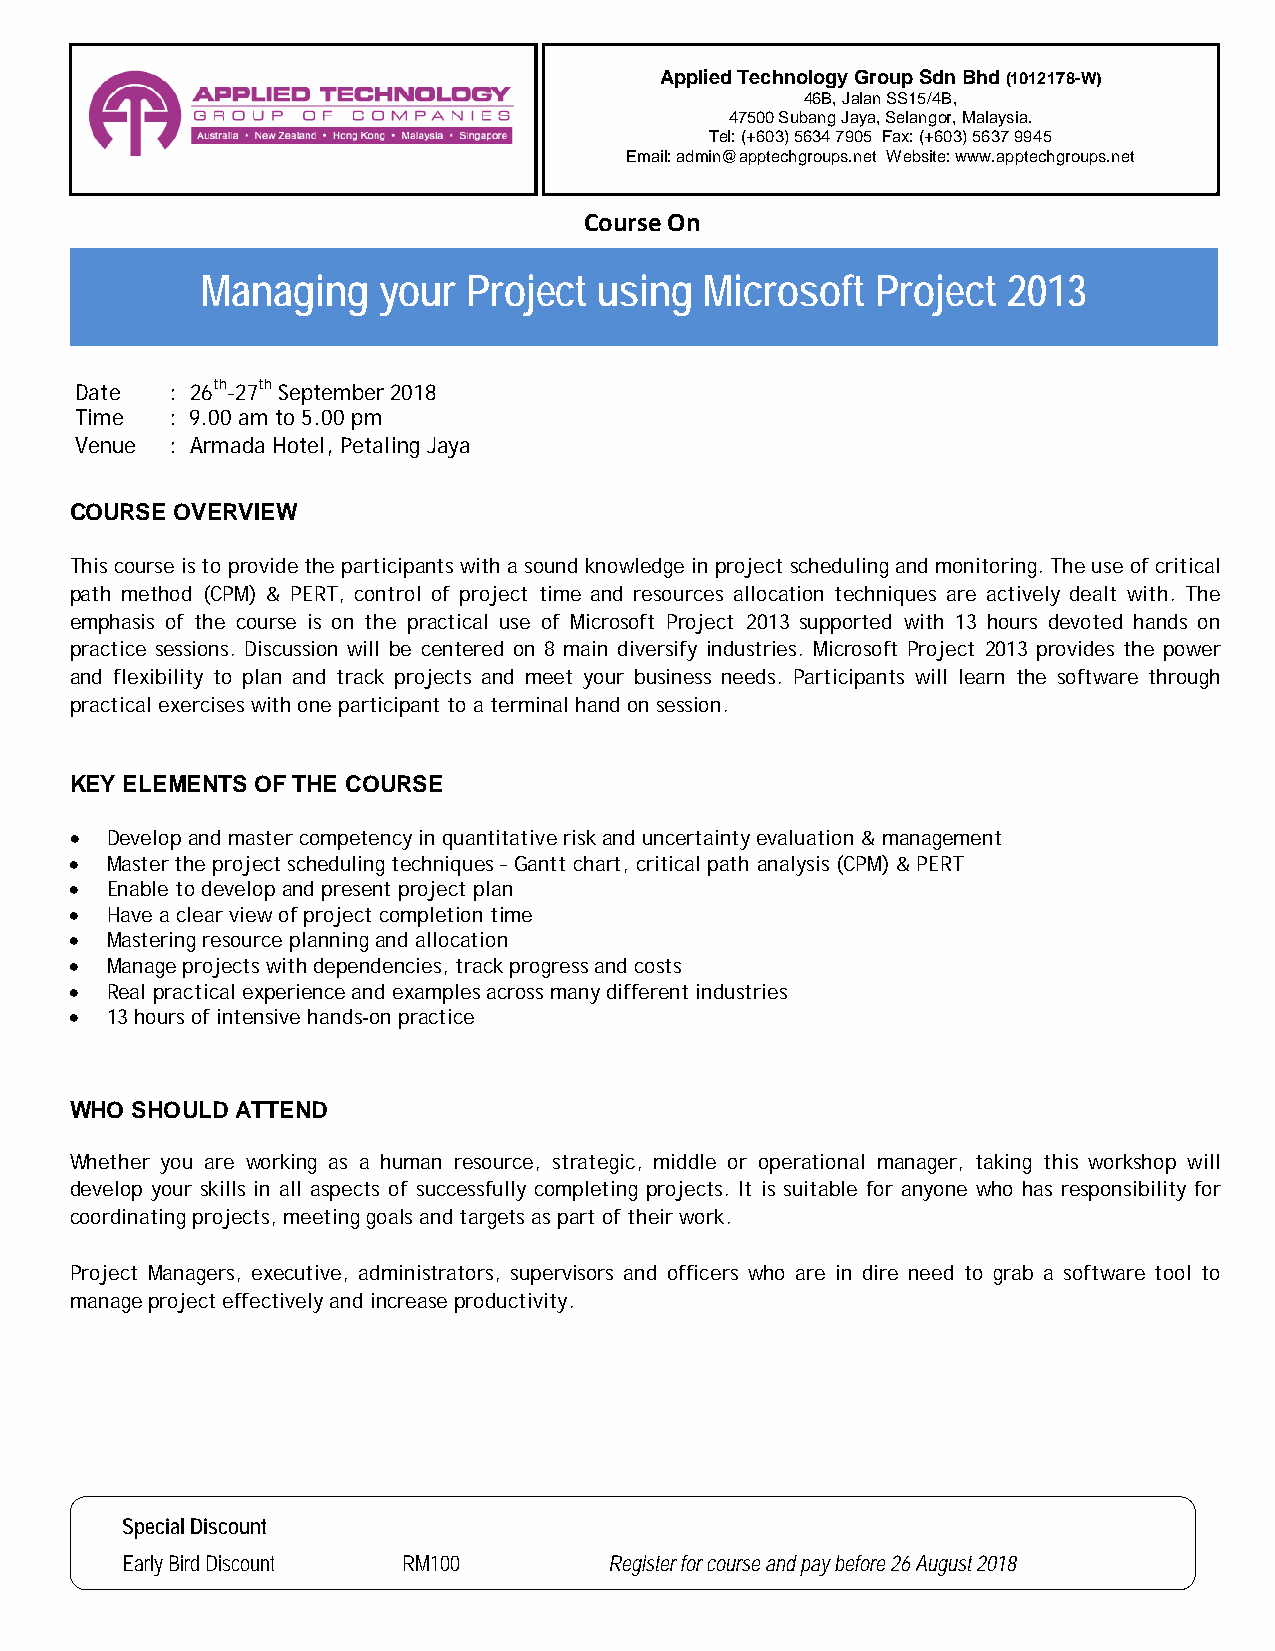
Applied Technology Group Sdn Bhd (1012178-W)
 46B, Jalan SS15/4B,
 47500 Subang Jaya, Selangor, Malaysia.
 Tel: (+603) 5634 7905 Fax: (+603) 5637 9945
 Em ail: admin@apptechgroups.net Website: www.apptechgroups.net
 Course On
 Managing    your  Project  using  Microsoft  Project  2013
 Date  : 26th-27th September 2018
 Time  : 9.00 am to 5.00 pm
 V enue : Armada Hotel, Petaling Jaya
 COURSE OVERVIEW
 This course is to provide the participants with a sound knowledge in project scheduling and monitoring. The use of critical
 path method (CPM) & PERT, control of project time and resources allocation techniques are actively dealt with. The
 emphasis of the course is on the practical use of Microsoft Project 2013 supported with 13 hours devoted hands on
 practice sessions. Discussion will be centered on 8 main diversify industries. Microsoft Project 2013 provides the power
 and flexibility to plan and track projects and meet your business needs. Participants will learn the software through
 practical exercises with one participant to a terminal hand on session.
 KEY ELEMENTS OF THE COURSE
 • Develop and master competency in quantitative risk and uncertainty evaluation & management
 • Master the project scheduling techniques – Gantt chart, critical path analysis (CPM) & PERT
 • Enable to develop and present project plan
 • Have a clear view of project completion time
 • Mastering resource planning and allocation
 • Manage projects with dependencies, track progress and costs
 • Real practical experience and examples across many different industries
 • 13 hours of intensive hands-on practice
 WHO SHOULD ATTEND
 Whether you are working as a human resource, strategic, middle or operational manager, taking this workshop will
 develop your skills in all aspects of successfully completing projects. It is suitable for anyone who has responsibility for
 coordinating projects, meeting goals and targets as part of their work.
 Project Managers, executive, administrators, supervisors and officers who are in dire need to grab a software tool to
 manage project effectively and increase productivity.
 Special Discount
 Early Bird Discount RM100       Regi ster for course and pay before 26 August 2018